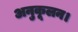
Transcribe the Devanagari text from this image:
अनुकूलन।